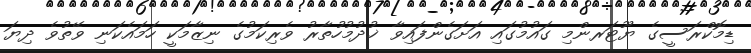
ޑިމޮކްރަސީގެ ޔޫޓަރންމި ގައުމުގައި އަށަގެންފައިވާ ޚުދުމުހުތާރު ވެރިކަމުގެ ނިޒާމަކީ ހަމައެކަނި ވޭތުވެ ދިޔަ